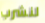
لنشرب